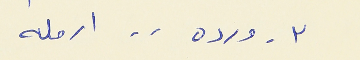
٣ _ ورده . . ارمله